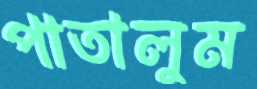
পাতালুম